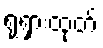
ရုရှားထုတ်